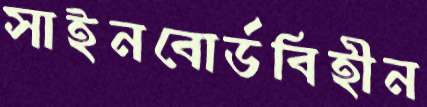
সাইনবোর্ডবিহীন